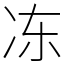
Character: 冻